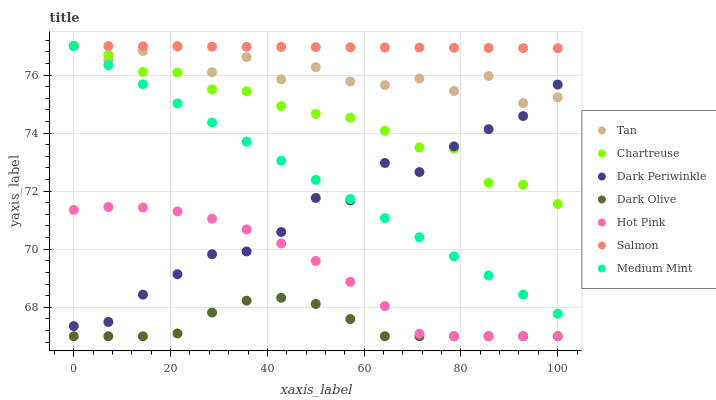
| xaxis_label | Tan | Chartreuse | Dark Periwinkle | Dark Olive | Hot Pink | Salmon | Medium Mint |
 | --- | --- | --- | --- | --- | --- | --- | --- |
 | 0 | 77 | 77 | 67.3 | 67 | 71.4 | 77 | 77 |
 | 7.14 | 76.5 | 76.7 | 67.5 | 67 | 71.5 | 77 | 76.3 |
 | 14.3 | 76.8 | 76.1 | 68.4 | 67 | 71.4 | 77 | 75.7 |
 | 21.4 | 77 | 76.1 | 69.1 | 67.1 | 71.3 | 77 | 75 |
 | 28.6 | 76.1 | 75.5 | 69.8 | 67.8 | 71 | 77 | 74.4 |
 | 35.7 | 76.6 | 75.4 | 69.9 | 68.2 | 70.7 | 77 | 73.7 |
 | 42.9 | 75.9 | 74.9 | 70.6 | 68.3 | 70.2 | 77 | 73 |
 | 50 | 76.3 | 74.7 | 71.8 | 68.1 | 69.6 | 77 | 72.4 |
 | 57.1 | 75.8 | 74.5 | 71.7 | 67.6 | 68.9 | 77 | 71.7 |
 | 64.3 | 75.7 | 74.1 | 73 | 67 | 68 | 77 | 71.1 |
 | 71.4 | 75.9 | 73.5 | 72.7 | 67 | 67.1 | 76.9 | 70.4 |
 | 78.6 | 75.5 | 73.5 | 73.5 | 67 | 67 | 76.9 | 69.8 |
 | 85.7 | 76 | 72.3 | 74.1 | 67 | 67 | 76.9 | 69.1 |
 | 92.9 | 75 | 72.2 | 74.6 | 67 | 67 | 76.9 | 68.4 |
 | 100 | 75.2 | 71.6 | 75.7 | 67 | 67 | 76.9 | 67.8 |